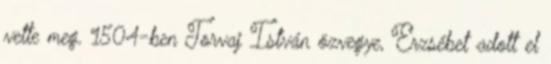
vette meg. 1504-ben Torvaj István özvegye, Erzsébet adott el